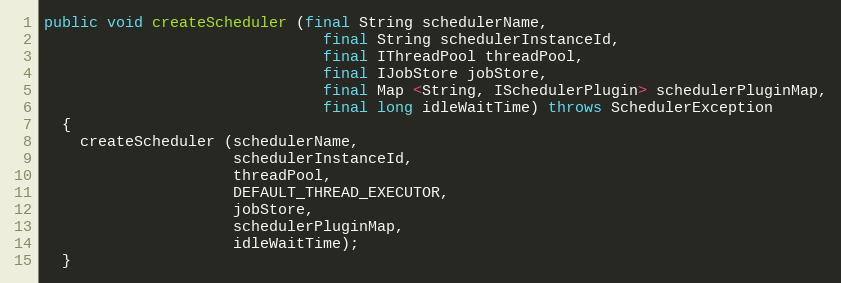
Language: Java
public void createScheduler (final String schedulerName,
                               final String schedulerInstanceId,
                               final IThreadPool threadPool,
                               final IJobStore jobStore,
                               final Map <String, ISchedulerPlugin> schedulerPluginMap,
                               final long idleWaitTime) throws SchedulerException
  {
    createScheduler (schedulerName,
                     schedulerInstanceId,
                     threadPool,
                     DEFAULT_THREAD_EXECUTOR,
                     jobStore,
                     schedulerPluginMap,
                     idleWaitTime);
  }